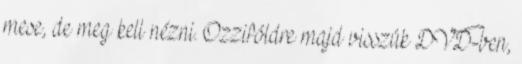
mese, de meg kell nézni. Ozziföldre majd visszük DVD-ben,